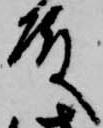
殿